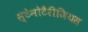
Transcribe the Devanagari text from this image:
स्टेनोटैरीजियस